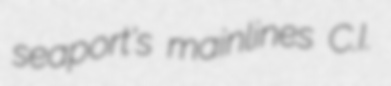
seaport's mainlines C.I.